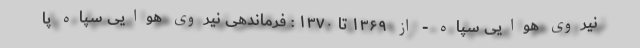
نیروی هوایی سپاه - از ۱۳۶۹ تا ۱۳۷۰ : فرماندهی نیروی هوایی سپاه پا